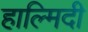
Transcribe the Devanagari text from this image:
हाल्मिदी